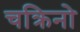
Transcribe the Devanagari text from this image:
चक्रिनो